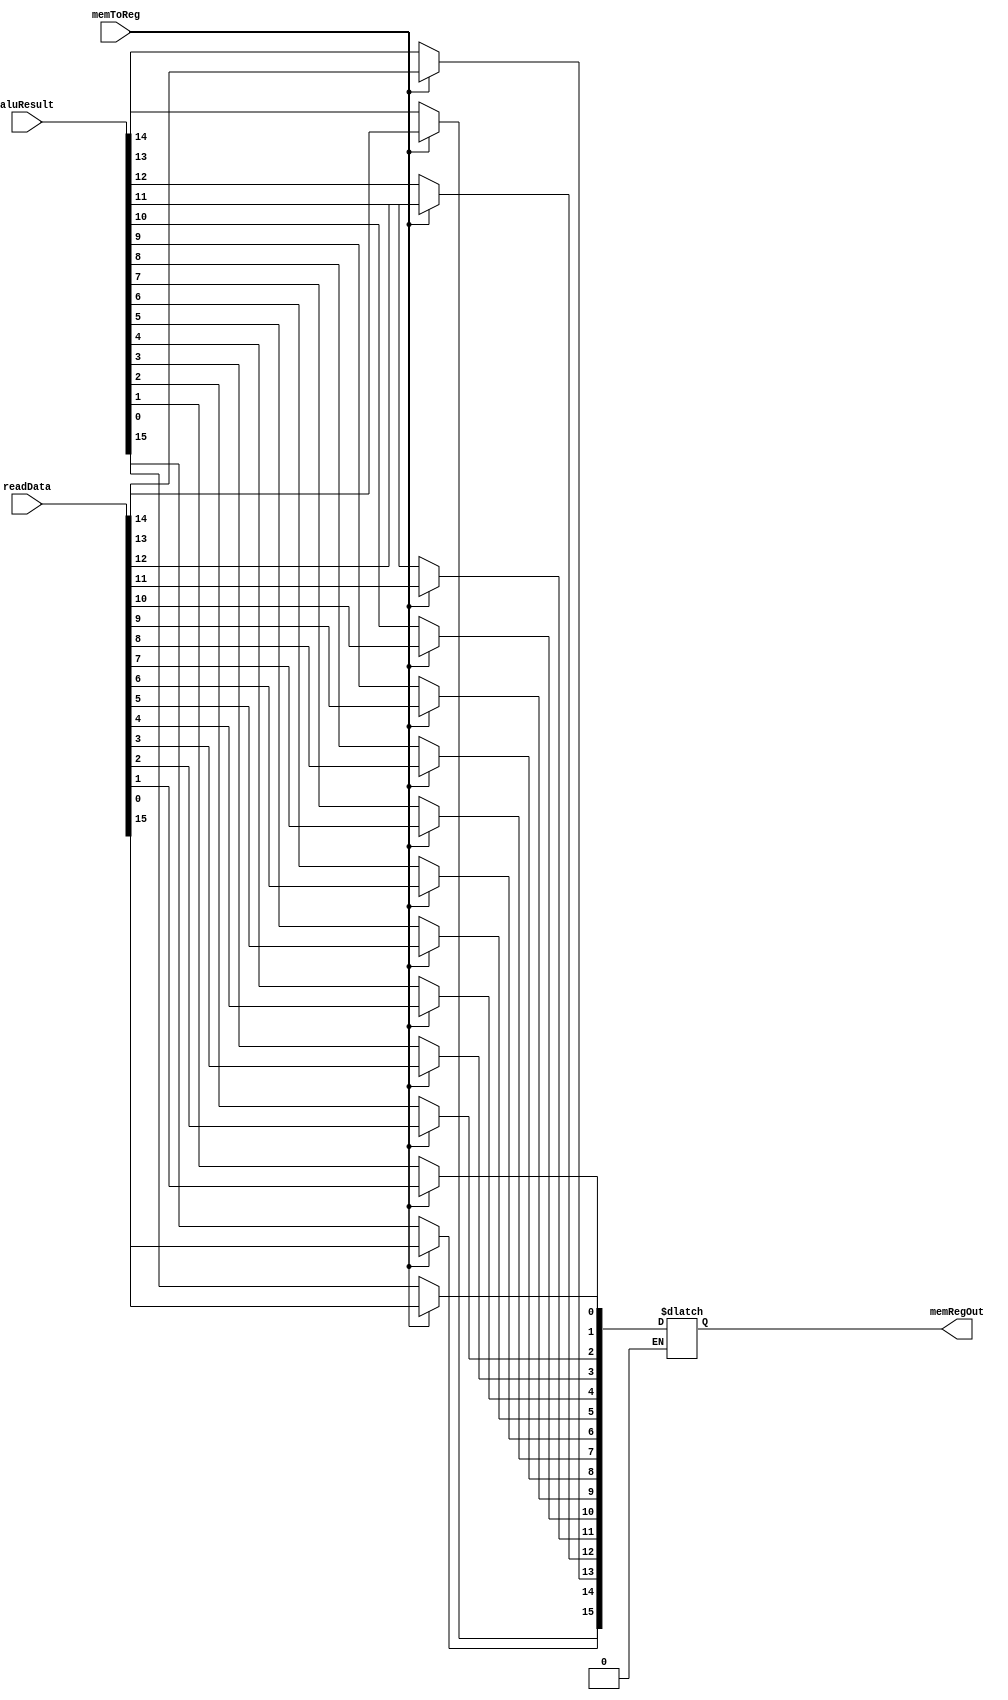
`timescale 1ns / 1ps
module memRegMux(input memToReg,
                 input [15:0] readData,
                 input [15:0] aluResult,
                 output reg [15:0] memRegOut);
        
integer i;
integer k;        
                 
always@(*) begin                 
  if(memToReg ==1'b1) begin
    for (i =0;i<16;i=i+1) begin
        memRegOut[i] = readData[i];
    end//for 
  end//if               
  
  if(memToReg==1'b0) begin
    for(k=0;k<16;k=k+1) begin
        memRegOut[k] = aluResult[k];
    end
  end
                 
end//always
endmodule